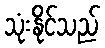
သုံးနိုင်သည်